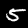
Label: 5